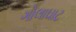
ગોલાઘાટ